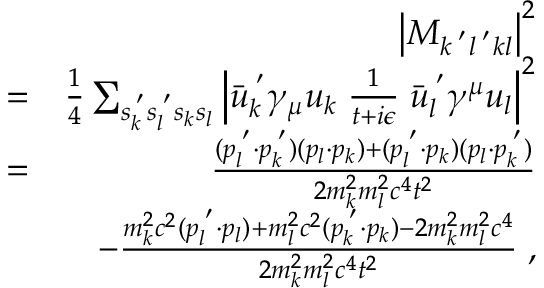
\begin{array} { r l r } & { } & { \left| M _ { k ^ { \; ^ { \prime } } l ^ { \; ^ { \prime } } k l } \right| ^ { 2 } } \\ & { = } & { \frac { 1 } { 4 } \sum _ { s _ { k } ^ { \; ^ { \prime } } s _ { l } ^ { \; ^ { \prime } } s _ { k } s _ { l } } \left| \bar { u } _ { k } ^ { \; ^ { \prime } } \gamma _ { \mu } u _ { k } \; \frac { 1 } { t + i \epsilon } \; \bar { u } _ { l } ^ { \; ^ { \prime } } \gamma ^ { \mu } u _ { l } \right| ^ { 2 } } \\ & { = } & { \frac { ( p _ { l } ^ { \; ^ { \prime } } \cdot p _ { k } ^ { \; ^ { \prime } } ) ( p _ { l } \cdot p _ { k } ) + ( p _ { l } ^ { \; ^ { \prime } } \cdot p _ { k } ) ( p _ { l } \cdot p _ { k } ^ { \; ^ { \prime } } ) } { 2 m _ { k } ^ { 2 } m _ { l } ^ { 2 } c ^ { 4 } t ^ { 2 } } } \\ & { } & { - \frac { m _ { k } ^ { 2 } c ^ { 2 } ( p _ { l } ^ { \; ^ { \prime } } \cdot p _ { l } ) + m _ { l } ^ { 2 } c ^ { 2 } ( p _ { k } ^ { \; ^ { \prime } } \cdot p _ { k } ) - 2 m _ { k } ^ { 2 } m _ { l } ^ { 2 } c ^ { 4 } } { 2 m _ { k } ^ { 2 } m _ { l } ^ { 2 } c ^ { 4 } t ^ { 2 } } \; , } \end{array}